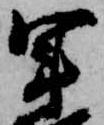
軍